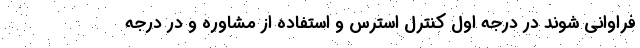
فراوانی شوند در درجه اول کنترل استرس و استفاده از مشاوره و در درجه